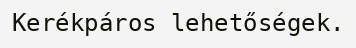
Kerékpáros lehetőségek.